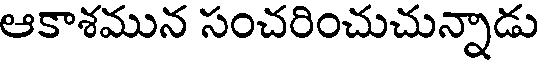
ఆకాశమున సంచరించుచున్నాడు